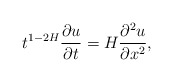
\begin{align*}t^{1-2H}\frac{\partial u}{\partial t}=H\frac{\partial^2 u}{\partial x^2},\end{align*}